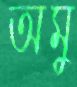
অমু